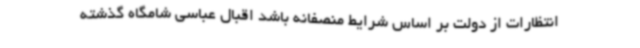
انتظارات از دولت بر اساس شرایط منصفانه باشد اقبال عباسی شامگاه گذشته